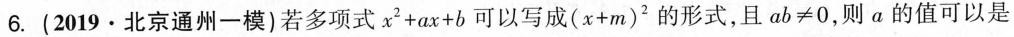
6.(2019·北京通州一模)若多项式$$x^{2} + a x + b$$可以写成$$( x + m )^{2}$$的形式，且$$a b ≠ 0$$，则α的值可以是